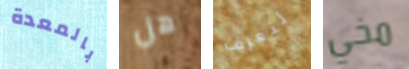
بالمعدة هل لنعرف مخي